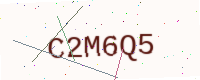
Text: C2M6Q5